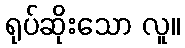
ရုပ်ဆိုးသော လူ။